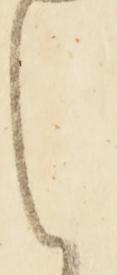
は